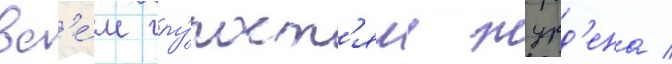
вс'е́м глу́пост'ям журд'ена /